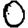
Digit: 0